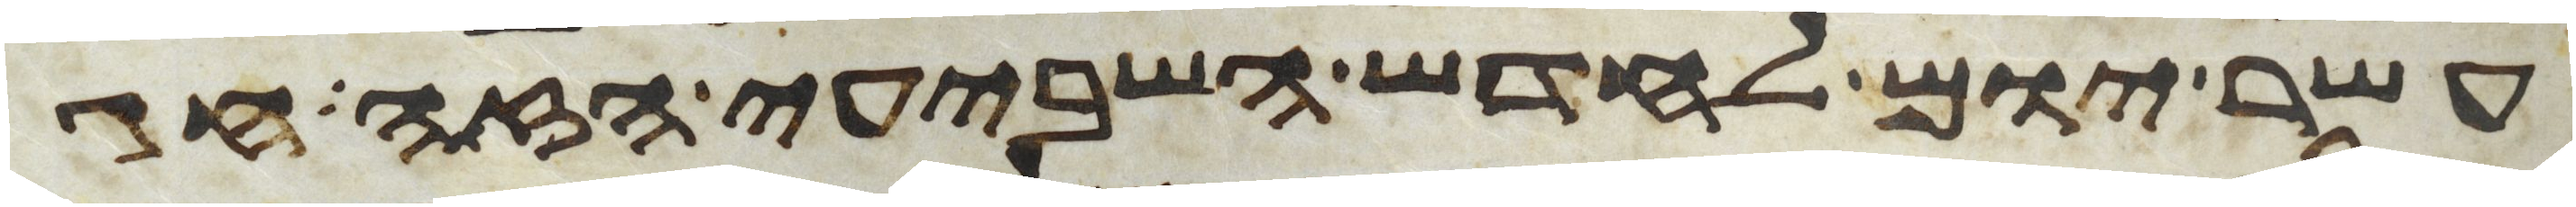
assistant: עשר יום לחדש השביעי הזה חג